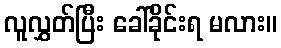
လူလွှတ်ပြီး ခေါ်ခိုင်းရ မလား။